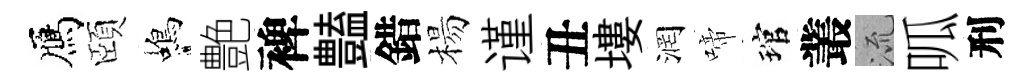
鴈頤蝎艶裨𧰟錯楊谨丑塿润啼琯叢𣴑呱刑